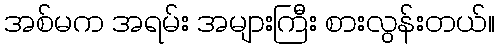
အစ်မက အရမ်း အများကြီး စားလွန်းတယ်။